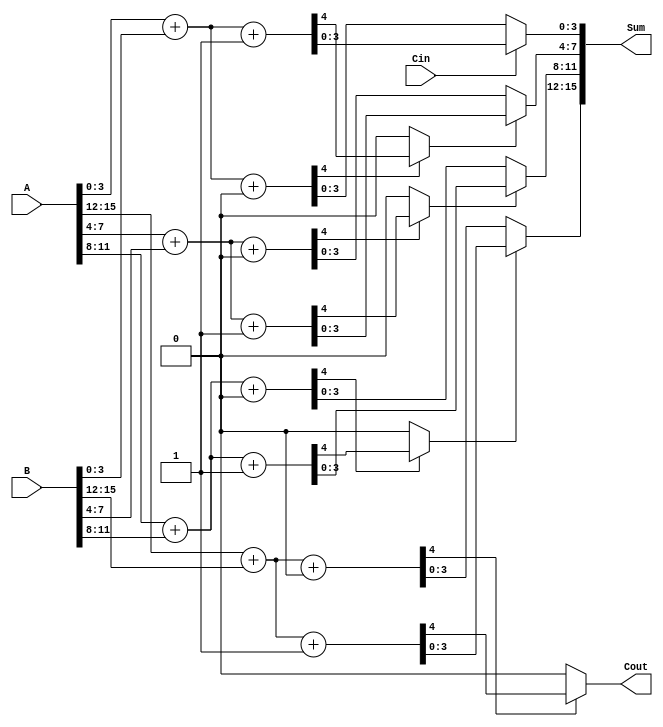
module Hybrid_Carry_Select_Adder #(parameter WIDTH = 16, SEGMENT_SIZE = 4) (
    input  [WIDTH-1:0] A,
    input  [WIDTH-1:0] B,
    input  Cin,
    output [WIDTH-1:0] Sum,
    output Cout
);
    localparam NUM_SEGMENTS = WIDTH / SEGMENT_SIZE;

    wire [SEGMENT_SIZE-1:0] sum0 [0:NUM_SEGMENTS-1];
    wire [SEGMENT_SIZE-1:0] sum1 [0:NUM_SEGMENTS-1];
    wire carry_out [0:NUM_SEGMENTS-1];
    wire carry_select [0:NUM_SEGMENTS-1];
    wire carry_in [0:NUM_SEGMENTS-1];

    // Generate carry_in for each segment
    assign carry_in[0] = Cin;

    genvar i;
    generate
        for (i = 0; i < NUM_SEGMENTS; i = i + 1) begin : segment
            // Calculate sum for carry-in = 0
            wire [SEGMENT_SIZE-1:0] A_segment = A[i*SEGMENT_SIZE +: SEGMENT_SIZE];
            wire [SEGMENT_SIZE-1:0] B_segment = B[i*SEGMENT_SIZE +: SEGMENT_SIZE];

            // Ripple Carry Adder for carry-in = 0
            wire [SEGMENT_SIZE:0] carry0;
            assign carry0[0] = 0; // Initial carry for first segment
            assign {carry0[SEGMENT_SIZE], sum0[i]} = A_segment + B_segment + carry0[0];

            // Ripple Carry Adder for carry-in = 1
            wire [SEGMENT_SIZE:0] carry1;
            assign carry1[0] = 1; // Initial carry for first segment
            assign {carry1[SEGMENT_SIZE], sum1[i]} = A_segment + B_segment + carry1[0];

            // Determine carry_out for this segment
            assign carry_out[i] = carry0[SEGMENT_SIZE] ? carry1[SEGMENT_SIZE] : carry0[SEGMENT_SIZE];

            // Select carry_in for the next segment
            if (i < NUM_SEGMENTS - 1) begin
                assign carry_in[i + 1] = carry_out[i];
            end
        end
    endgenerate

    // Mux to select the appropriate sum based on carry_in
    generate
        for (i = 0; i < NUM_SEGMENTS; i = i + 1) begin : mux
            assign Sum[i*SEGMENT_SIZE +: SEGMENT_SIZE] = carry_in[i] ? sum1[i] : sum0[i];
        end
    endgenerate

    // Final carry-out is the carry-out of the last segment
    assign Cout = carry_out[NUM_SEGMENTS - 1];

endmodule